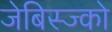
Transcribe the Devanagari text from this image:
जेबिस्ज्को